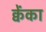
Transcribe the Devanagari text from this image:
क्वेंका